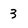
Character: 3